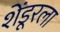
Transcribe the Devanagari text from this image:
शेंडूरला